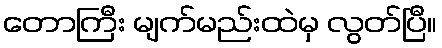
တောကြီး မျက်မည်းထဲမှ လွတ်ပြီ။